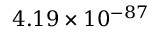
4 . 1 9 \times 1 0 ^ { - 8 7 }